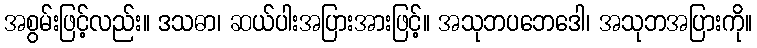
အစွမ်းဖြင့်လည်း။ ဒသဓာ၊ ဆယ်ပါးအပြားအားဖြင့်။ အသုဘပဘေဒေါ၊ အသုဘအပြားကို။